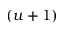
( u + 1 )